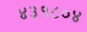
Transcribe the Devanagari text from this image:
४३१८०४